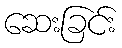
ဆေးခြင်း